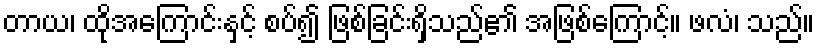
တာယ၊ ထိုအကြောင်းနှင့် စပ်၍ ဖြစ်ခြင်းရှိသည်၏ အဖြစ်ကြောင့်။ ဖလံ၊ သည်။